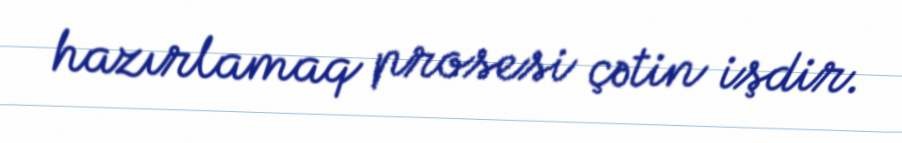
hazırlamaq prosesi çətin işdir.